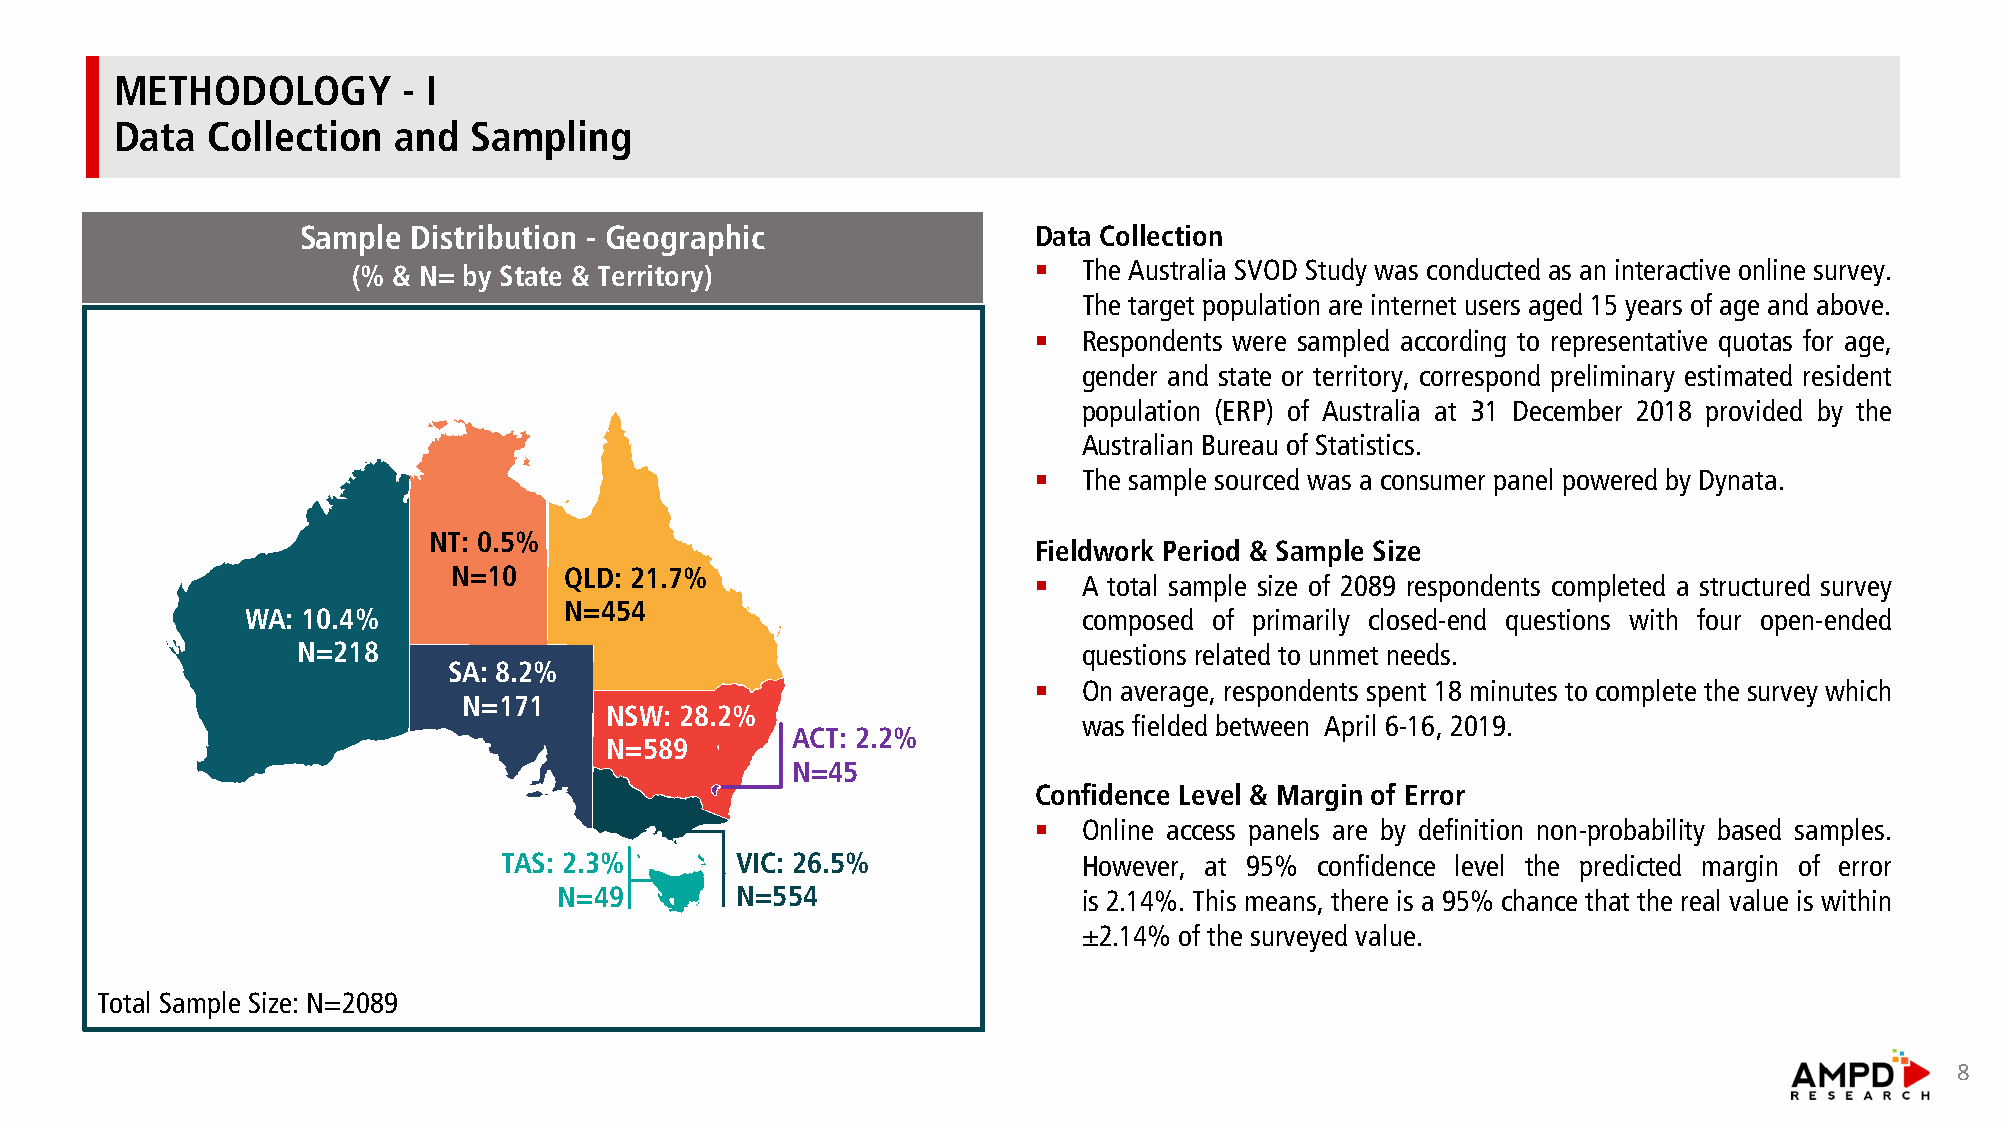
METHODOLOGY        - I
 Data  Collection  and  Sampling
 Sample Distribution - Geographic                Data Collection
 §   The Australia SVOD Study was conducted as an interactive online survey.
 (% & N= by State & Territory)
 The target population are internet users aged 15 years of age and above.
 §   Respondents were sampled according to representative quotas for age,
 gender and state or territory, correspond preliminary estimated resident
 population (ERP) of Australia at 31 December 2018 provided by the
 Australian Bureau of Statistics.
 §   The sample sourced was a consumer panel powered by Dynata.
 NT: 0.5%
 Fieldwork Period & Sample Size
 N=10   QLD: 21.7%
 §   A total sample size of 2089 respondents completed a structured survey
 N=454
 WA: 10.4%                                               composed of primarily closed-end questions with four open-ended
 N=218                                               questions related to unmet needs.
 SA: 8.2%
 §   On average, respondents spent 18 minutes to complete the survey which
 N=171
 NSW: 28.2%
 was fielded between April 6-16, 2019.
 ACT: 2.2%
 N=589
 N=45
 Confidence Level & Margin of Error
 §   Online access panels are by definition non-probability based samples.
 TAS: 2.3%       VIC: 26.5%             However, at 95% confidence level the predicted margin of error
 N=49        N=554                  is 2.14%. This means, there is a 95% chance that the real value is within
 ±2.14% of the surveyed value.
 Total Sample Size: N=2089
 8